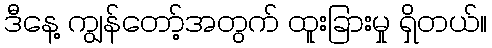
ဒီနေ့ ကျွန်တော့်အတွက် ထူးခြားမှု ရှိတယ်။